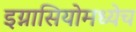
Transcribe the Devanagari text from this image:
इग्नासियोमध्येच